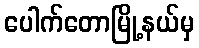
ပေါက်တောမြို့နယ်မှ